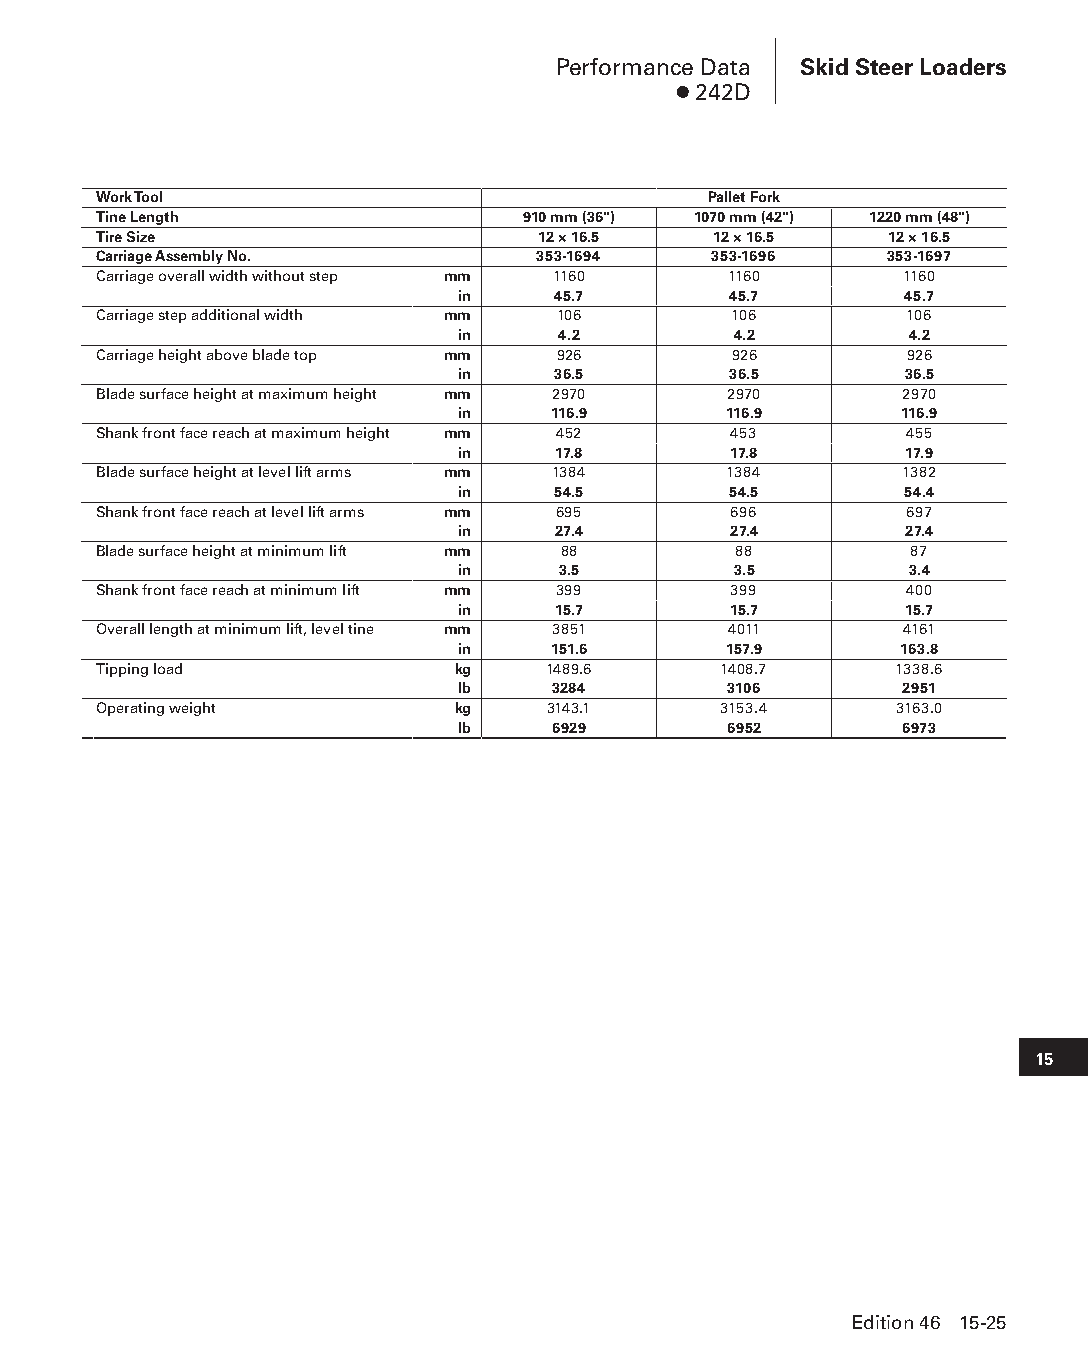
Performance Data Skid Steer Loaders
 ● 242D
 Work Tool                               Pallet Fork
 Tine Length                 910 mm (36") 1070 mm (42") 1220 mm (48")
 Tire Size                    12 × 16.5   12 × 16.5  12 × 16.5
 Carriage Assembly No.        353-1694    353-1696   353-1697
 Carriage overall width without step mm 1160 1160     1160
 in    45.7        45.7       45.7
 Carriage step additional width mm 106     106        106
 in    4.2         4.2         4.2
 Carriage height above blade top mm 926    926        926
 in    36.5        36.5       36.5
 Blade surface height at maximum height mm 2970 2970  2970
 in    116.9      116.9       116.9
 Shank front face reach at maximum height mm 452 453  455
 in    17.8        17.8       17.9
 Blade surface height at level lift arms mm 1384 1384 1382
 in    54.5        54.5       54.4
 Shank front face reach at level lift arms mm 695 696 697
 in    27.4        27.4       27.4
 Blade surface height at minimum lift mm 88 88         87
 in    3.5         3.5         3.4
 Shank front face reach at minimum lift mm 399 399    400
 in    15.7        15.7       15.7
 Overall length at minimum lift, level tine mm 3851 4011 4161
 in    151.6      157.9       163.8
 Tipping load           kg     1489.6     1408.7      1338.6
 lb    3284        3106       2951
 Operating weight       kg     3143.1     3153.4      3163.0
 lb    6929       6952        6973
 15
 Edition 46 15-25
 PPHHBB--SSeecc1155--1166..iinndddd 2255                        1122//44//1155 1100::5511 AAMM